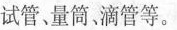
试管。量筒，滴管等。